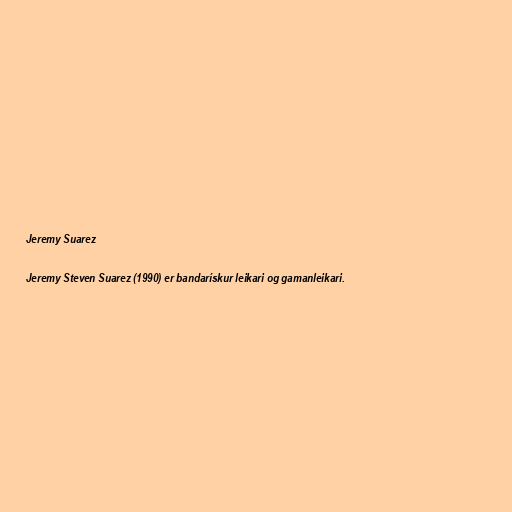
Jeremy Suarez

Jeremy Steven Suarez (1990) er bandarískur leikari og gamanleikari.